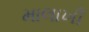
માલાખી